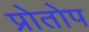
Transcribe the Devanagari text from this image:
प्रोतोप